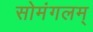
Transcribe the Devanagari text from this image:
सोमंगलम्